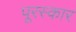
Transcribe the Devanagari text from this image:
पूरस्कार